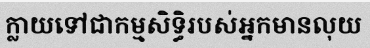
ក្លាយទៅជាកម្មសិទ្ធិរបស់អ្នកមានលុយ